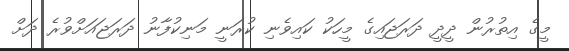
މީގެ އިތުރުން ދީދީ ދަރަޖައިގެ މީހަކު ކައިވެނި ކުރަނީ މަނިކުފާނު ދަރަޖައަށްވުރެ ދަށް